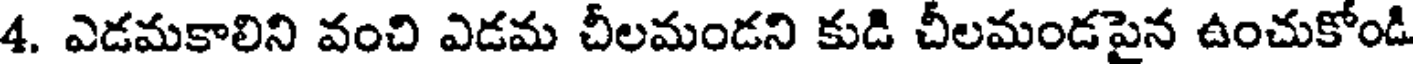
4. ఎడమకాలిని వంచి ఎడమ చీలమండని కుడి చీలమండపైన ఉంచుకోండి